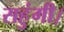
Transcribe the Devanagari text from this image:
सहुंगी।